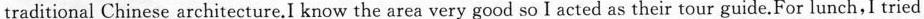
traditional Chinese architecture.I know the area very good so I acted as their tour guide.For lunch,I tried